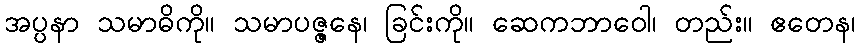
အပ္ပနာ သမာဓိကို။ သမာပဇ္ဇနေ၊ ခြင်းကို။ ဆေကဘာဝေါ၊ တည်း။ ဧတေန၊